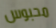
محبوس